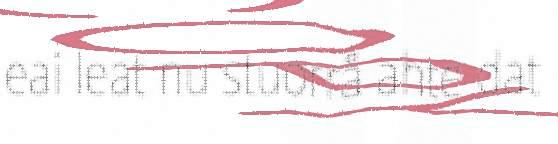
eai leat nu stuorrå ahte dat